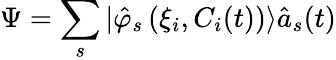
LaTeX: \Psi=\sum_{s}|\hat{\varphi}_{s}\left(\xi_{i},C_{i}(t)\right)\rangle\hat{a}_{s}(t)